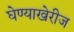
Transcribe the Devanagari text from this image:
घेण्याखेरीज